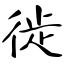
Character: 徙